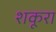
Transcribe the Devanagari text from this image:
शकूरा